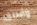
وأطلق